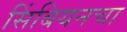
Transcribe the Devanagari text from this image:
सिंबियनचा